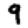
Digit: 9